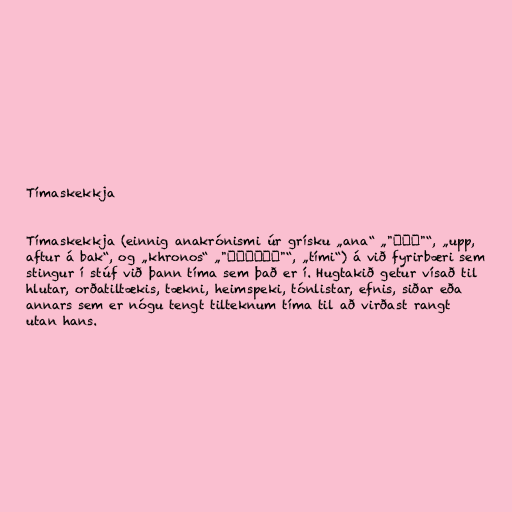
Tímaskekkja

Tímaskekkja (einnig anakrónismi úr grísku „ana“ „"ανά"“, „upp,
aftur á bak“, og „khronos“ „"χρόνος"“, „tími“) á við fyrirbæri sem
stingur í stúf við þann tíma sem það er í. Hugtakið getur vísað til
hlutar, orðatiltækis, tækni, heimspeki, tónlistar, efnis, siðar eða
annars sem er nógu tengt tilteknum tíma til að virðast rangt
utan hans.